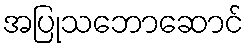
အပြုသဘောဆောင်